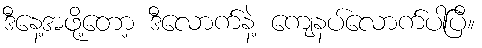
ဒီနေ့အဖို့တော့ ဒီလောက်နဲ့ ကျေနပ်လောက်ပါပြီ။